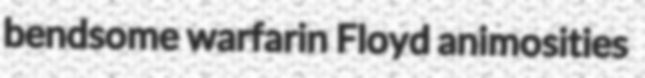
bendsome warfarin Floyd animosities